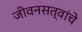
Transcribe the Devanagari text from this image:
जीवनसत्वांचे